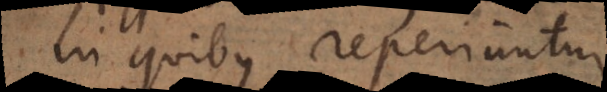
in quibus reperiuntur